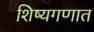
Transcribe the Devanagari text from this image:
शिष्यगणात